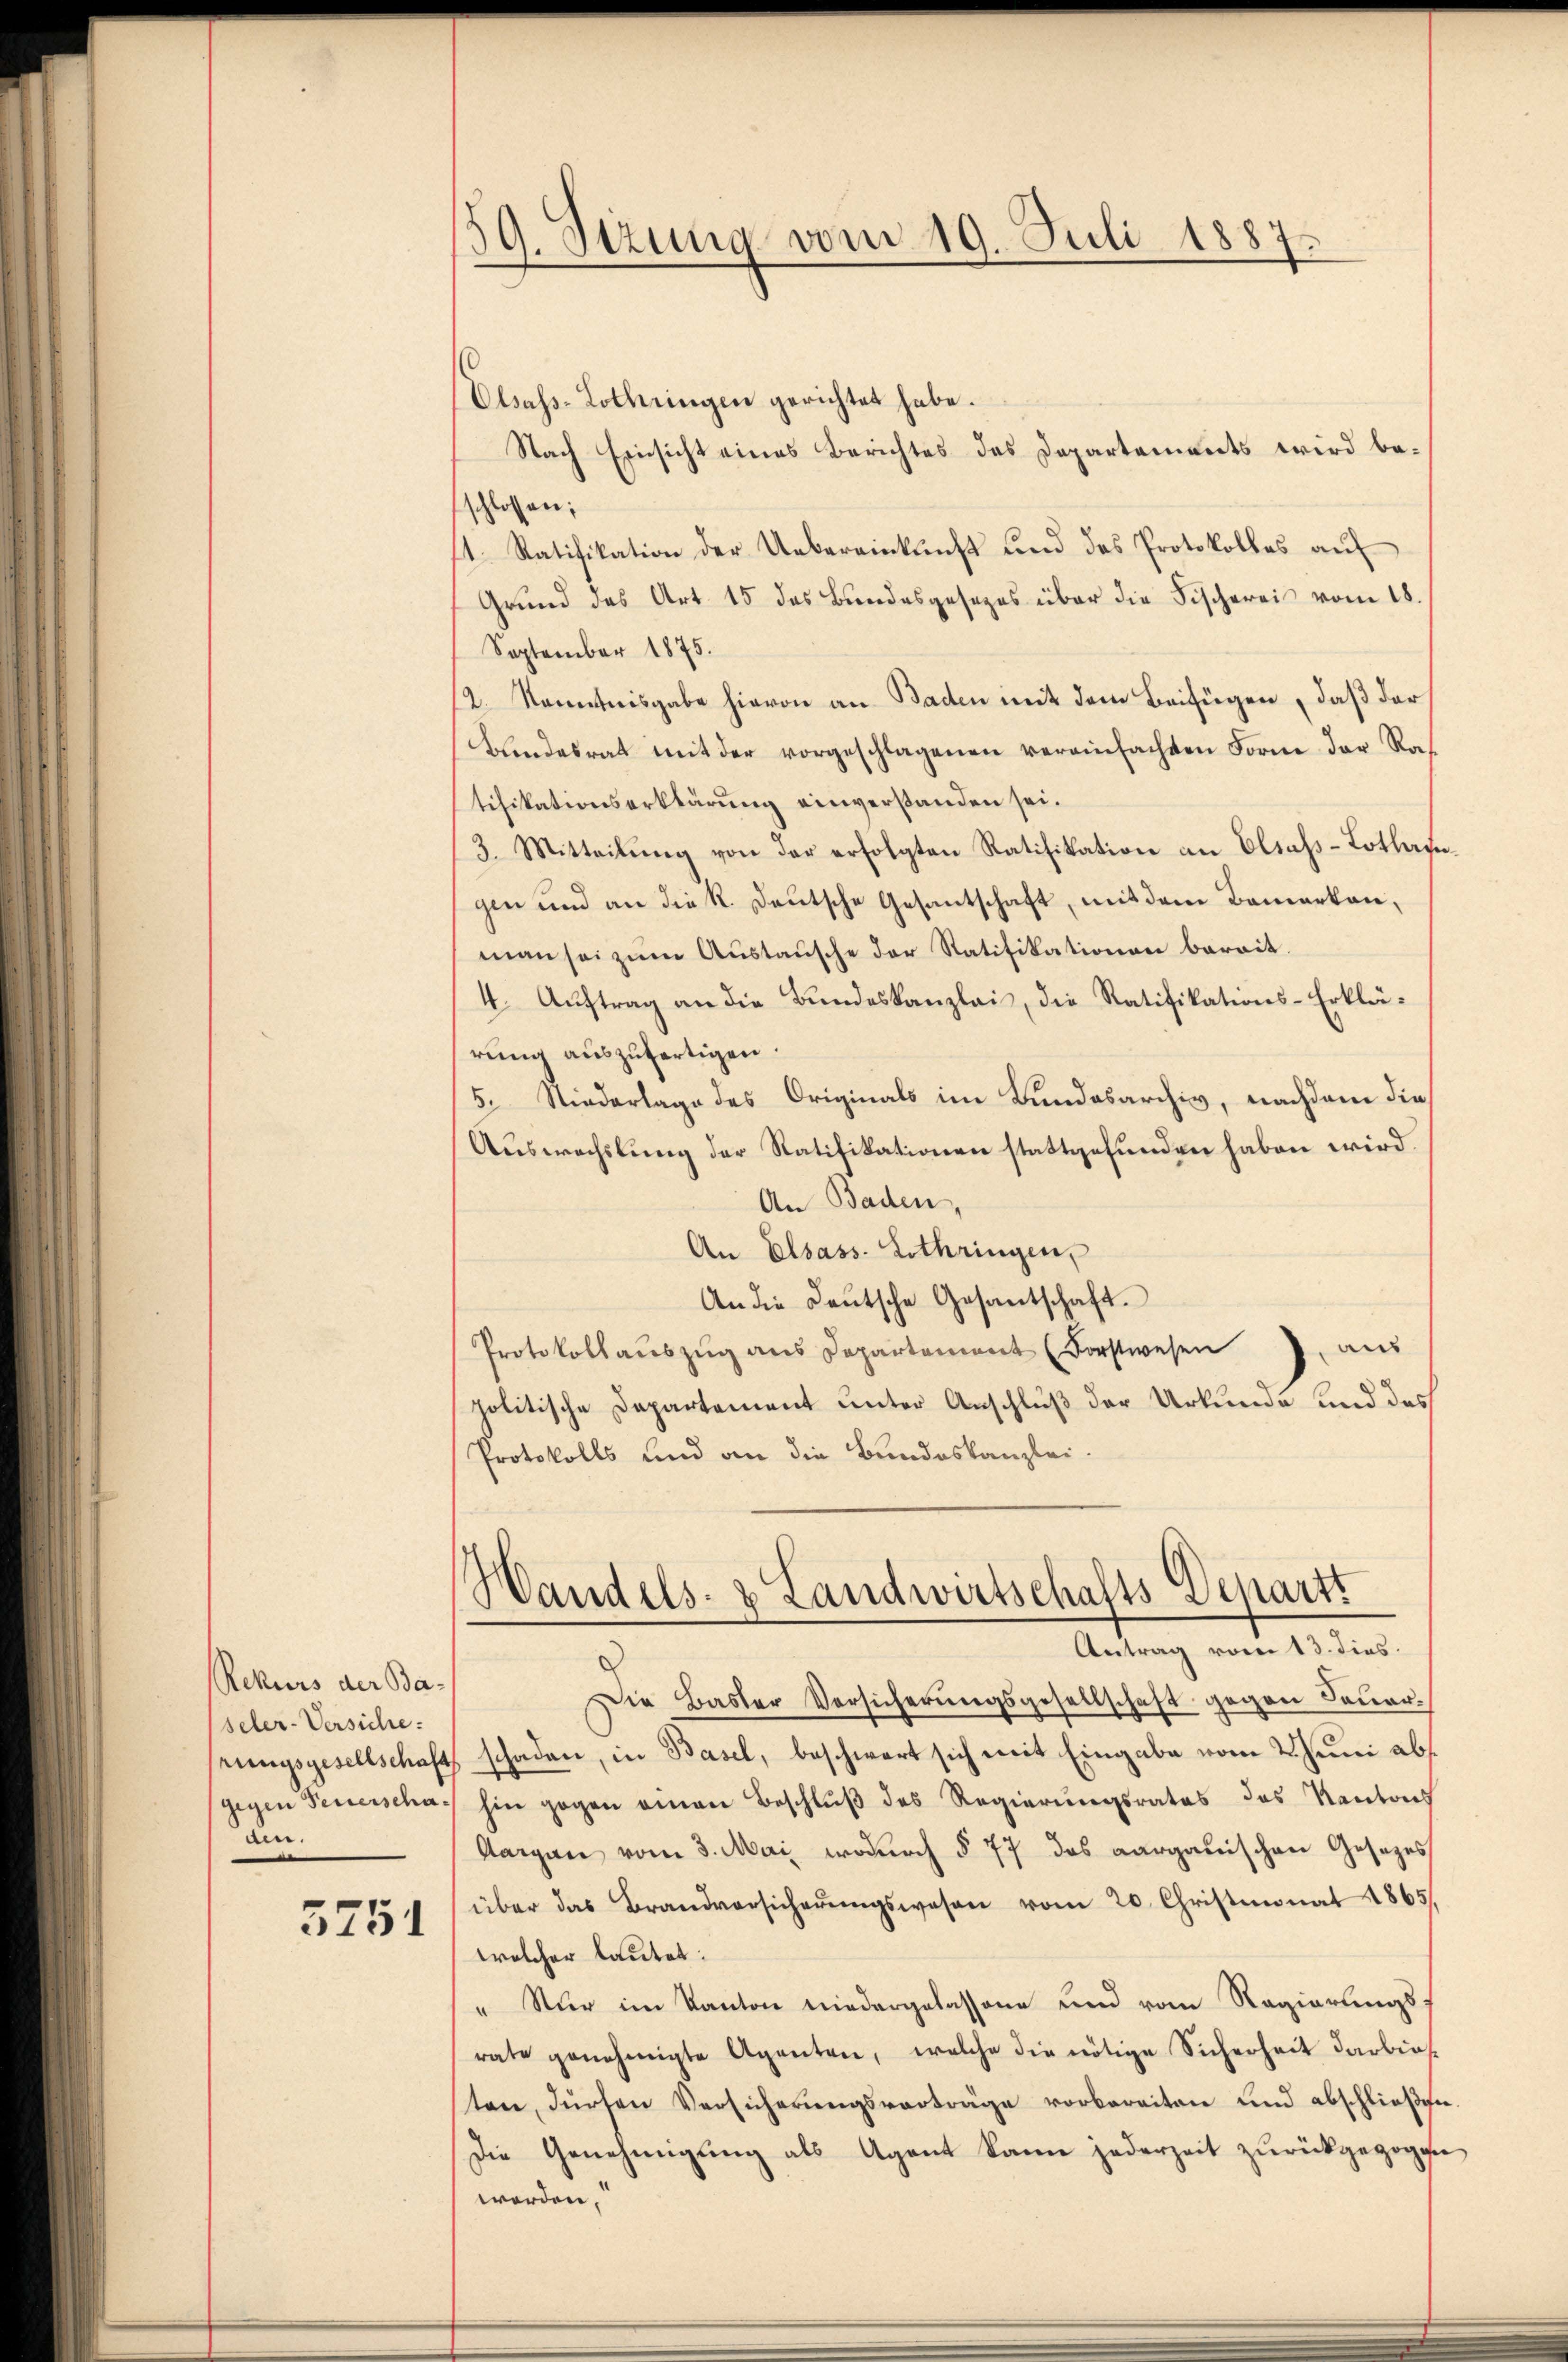
Rekurs der Ba-
seler-Versiche:
gegen Feuerschaden.

5751

59. Stzung vom 19. Juli 1887.

Elsass-Lothringen gerichtet habe.
Nach Einsicht eines Berichtes das Departements wird beschlossen;
st. Ratifikation der Uebereinkunft und das Protokolles auf
Grund des Art. 15 das Bundesgesezes über die Fischereis vom 18.
September 1875.
2. Kenntnisgabe hievon an Baden mit dem Beifügen, daß der¬
Bundesrat mit der vorgeschlagenen vereinfachten Form der Ras
tifikationserklärung einverstanden sei.
3. Mitteilŭng von der erfolgten Ratifikation an Elsass-Lothafgen und an die K. Deutsche Gesantschaft, mit dem Bemerken,
man sei zum Austausche der Ratifikationen bereit.
4. Auftrag an die Bundeskanzlei, die Ratifikations-Erklärung auszufertigen.
5. Niederlage des Originals im Bundesarchiv, nachdem die
Auswechslung der Ratifikationen stattgefunden haben wird.
An Baden,
An Elsass. Lothringen,
An die Deutsche Gesantschaft.
Protokollaŭszŭg ans Departement (Forstwesen J. aus
politische Departement unter Anschluß der Urkunde und des
Protokolls und an die Bundeskanzlei-
Handels- & Landwirtschafts-Departs
Antrag vom 13. dies
Die Basler Versicherungsgesellschaft gegen Feuerrungsgesellschaft schaden, in Basel, beschwert sich mit Eingabe vom 2. Juni abshin gegen einen Beschluß des Regierungsrates des Kantons
Aargau vom 3. Mai, wodurch § 77 das aargauischen Gesetzes
über das Brandversicherŭngswesen vom 20. Christmonat 1865
welcher lautet:
" Nur im Kanton niedergelassene und vom Regierungsrate genehmigte Agenten, welche die nötige Sicherheit darbies-
ten, dürfen Versicherungsverträge vorbereiten und abschließen.
Die Genehmigung als Agent kann jederzeit zurückgezogen
werden,